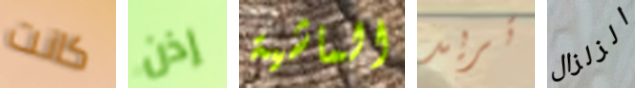
كانت إذن الماشية تريد الزلزال